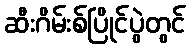
ဆီးဂိမ်းစ်ပြိုင်ပွဲတွင်